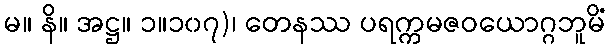
မ။ နိ။ အဋ္ဌ။ ၁။၁၀၇)၊ တေနဿ ပရက္ကမဇဝယောဂ္ဂဘူမိံ